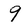
Character: 9